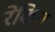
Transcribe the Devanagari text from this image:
रेकिंग